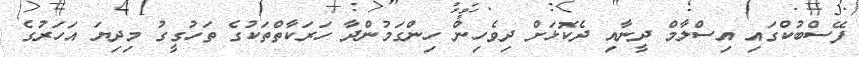
ފޭސްބުކްގައި އިސްލާމް ދީނާއި ދެކޮޅަށް ދިވެހިން ހިންގަމުންދާ ހަރަކާތްތަކުގެ ތަހުގީގު މިދިޔަ އަހަރުގެ